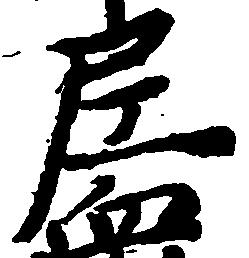
尼